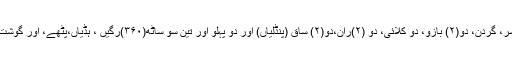
سر، گردن، دو(۲) بازو، دو کلائی، دو (۲)ران،دو(۲) ساق (پنڈلیاں) اور دو پہلو اور تین سو ساٹھ(۳۶۰)رگیں ، ہڈیاں،پٹھے، اور گوشت۔